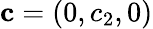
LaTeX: {\mathbf{c}}=(0,c_{2},0)